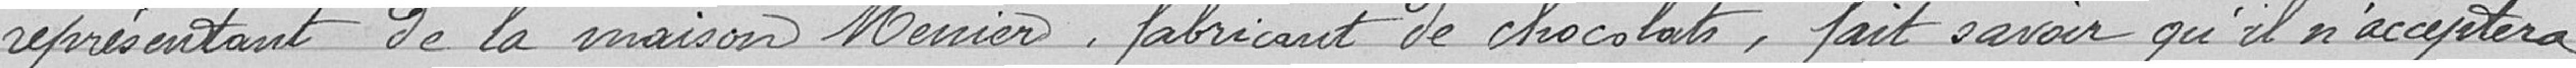
représentant de la maison Menier, fabricant de chocolats, fait savoir qu'il n'acceptera